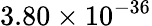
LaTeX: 3.80\times 10^{-36}